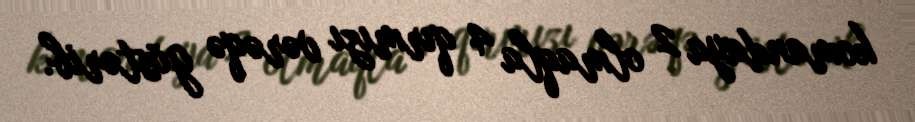
komandaya 2 olmaqla 4 qırmızı vərəqə göstərib.